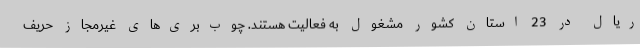
ریال در 23 استان کشور مشغول به فعالیت هستند. چوب‌بری‌های غیرمجاز حریف